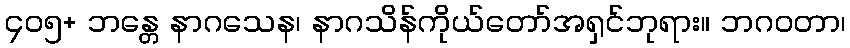
၄၀၅+ ဘန္တေ နာဂသေန၊ နာဂသိန်ကိုယ်တော်အရှင်ဘုရား။ ဘဂဝတာ၊